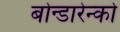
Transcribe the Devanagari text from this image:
बोन्डारेन्को